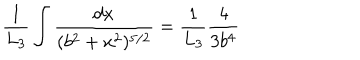
{ \frac { 1 } { L _ { 3 } } } \int { \frac { d x } { ( b ^ { 2 } + x ^ { 2 } ) ^ { 5 / 2 } } } = { \frac { 1 } { L _ { 3 } } } { \frac { 4 } { 3 b ^ { 4 } } }